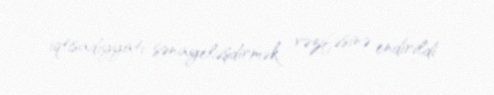
iqtisadiyyatı sənayeləşdirmək vəzifəsinə endirildi .